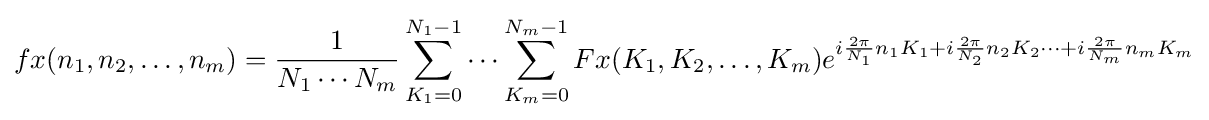
fx(n_{1},n_{2},\ldots ,n_{m})={\frac {1}{N_{1}\cdots N_{m}}}\sum _{K_{1}=0}^{N_{1}-1}\cdots \sum _{K_{m}=0}^{N_{m}-1}Fx(K_{1},K_{2},\ldots ,K_{m})e^{i{\frac {2\pi }{N_{1}}}n_{1}K_{1}+i{\frac {2\pi }{N_{2}}}n_{2}K_{2}\cdots +i{\frac {2\pi }{N_{m}}}n_{m}K_{m}}